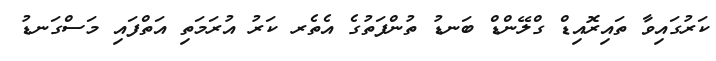
ކަރުގައިވާ ތައިރޮއިޑް ގްލޭންޑް ބަނޑު ތުންފަތުގެ އެތެރ ކަރު އުރަމަތި އަތްފައި މަސްގަނޑު